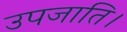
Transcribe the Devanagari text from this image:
उपजाति।